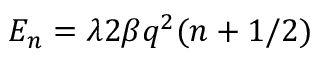
E _ { n } = \lambda 2 \beta q ^ { 2 } ( n + 1 / 2 )